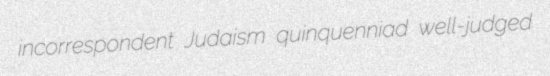
incorrespondent Judaism quinquenniad well-judged